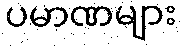
ပမာဏများ